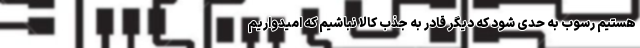
هستیم رسوب به حدی شود که دیگر قادر به جذب کالا نباشیم که امیدواریم